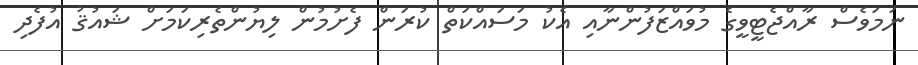
ނަމަވެސް ރާއްޖެޓީވީގެ މުވައްޒަފުންނާއި އެކު މަސައްކަތް ކުރަން ފެށުމުން ލިޔުންތެރިކަމަށް ޝައުޤު އުފެދި